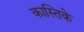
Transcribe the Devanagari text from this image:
कास्तिके